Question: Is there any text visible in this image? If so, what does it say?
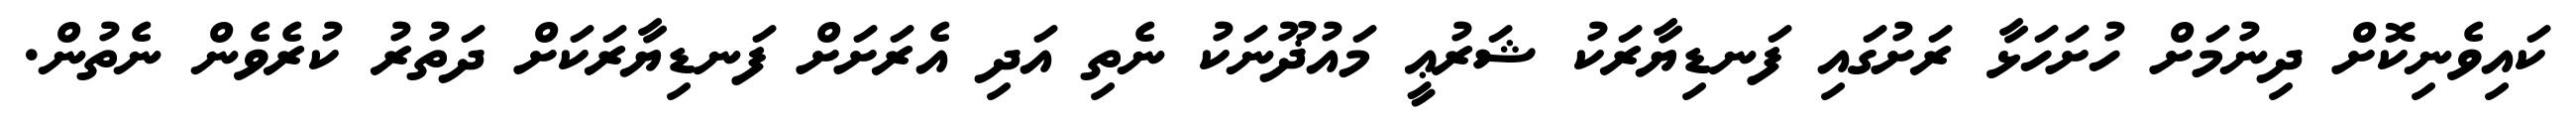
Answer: ކައިވެނިކޮށް ދިނުމަށް ހުށަހަޅާ ރަށުގައި ފަނޑިޔާރަކު ޝަރުޢީ މައުޛޫނަކު ނެތި އަދި އެރަށަށް ފަނޑިޔާރަކަށް ދަތުރު ކުރެވެން ނެތުން.